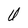
Character: U